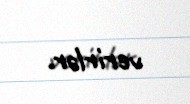
verirlər.